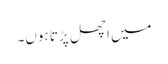
میں اچھل پڑتا ہوں۔